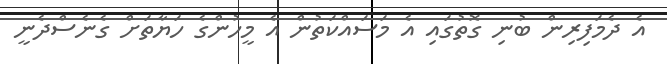
އެ ދެމަފިރިން ބުނި ގޮތުގައި އެ މަސައްކަތުން އެ މީހުންގެ ހަޔާތަށް ގެނެސްދެނީ